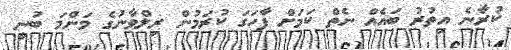
ކުރާނެ އިތުރު ބައެއް ނެތް ކަމަށް ފާހަގަ ކުރަމުން ރިލްވާނުގެ މަންމަ ބުނީ